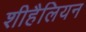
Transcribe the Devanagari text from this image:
शीहैलियन